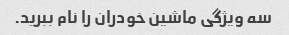
سه ویژگی ماشین خودران را نام ببرید.